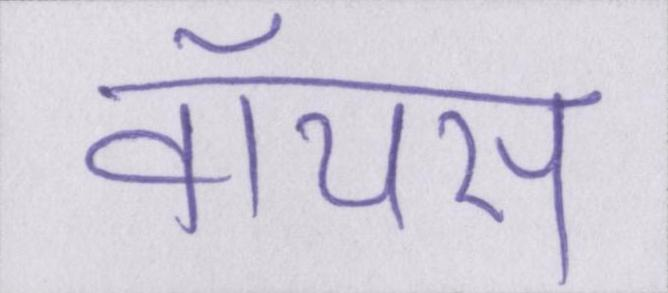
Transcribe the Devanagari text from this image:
वॉयस